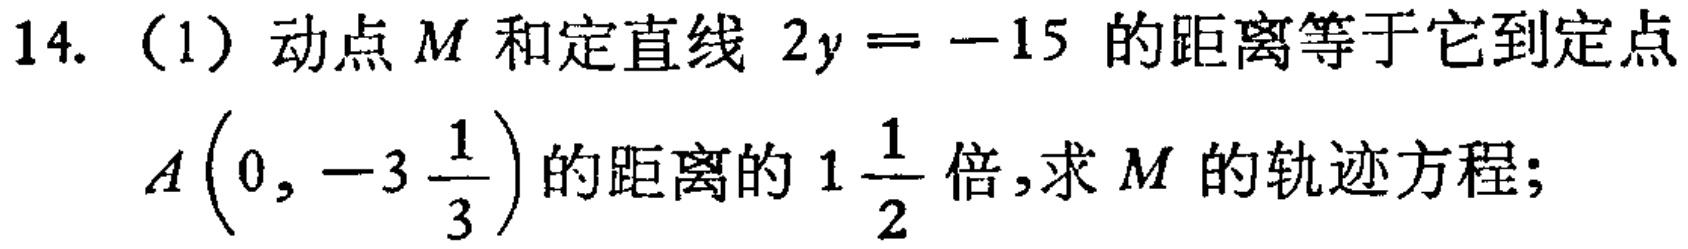
14. （1）动点 \(M\) 和定直线 \(2y = - 15\) 的距离等于它到定点 \(A\left(0,-3\frac{1}{3}\right)\) 的距离的 \(1\frac{1}{2}\) 倍，求 \(M\) 的轨迹方程；